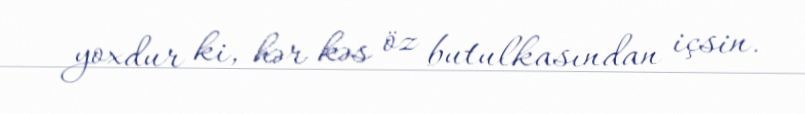
yoxdur ki, hər kəs öz butulkasından içsin.